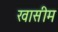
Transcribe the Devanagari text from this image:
खासीम